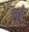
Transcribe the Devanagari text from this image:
लूब्रे